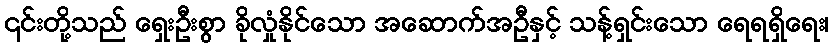
၎င်းတို့သည် ရှေးဦးစွာ ခိုလှုံနိုင်သော အဆောက်အဦနှင့် သန့်ရှင်းသော ရေရရှိရေး၊